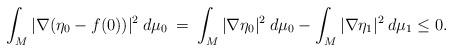
LaTeX: \begin{align*} \int_M | \nabla (\eta_0 - f(0)) |^2 \: d\mu_0 \: = \:\int_M |\nabla \eta_0|^2 \: d\mu_0 - \int_M |\nabla \eta_1|^2 \: d\mu_1 \le 0.\end{align*}